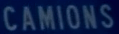
CAMIONS